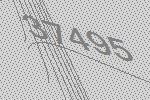
37495